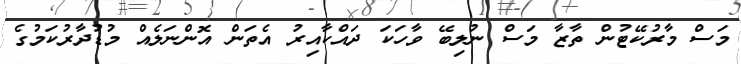
މަސް މާރުކޭޓުން ތާޒާ މަސް ނުލިބޭ ވާހަކަ ދައްކާއިރު އެތަން އޮންނަލެއް މުޑުދާރުކަމުގެ